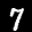
Label: 7